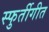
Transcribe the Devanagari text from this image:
स्फुर्तीगीत